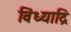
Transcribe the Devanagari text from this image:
विंध्याद्रि